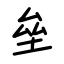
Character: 垒